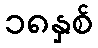
၁၈နှစ်